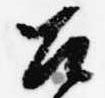
召